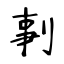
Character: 剚